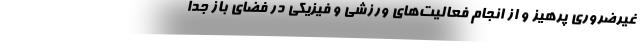
غیرضروری پرهیز و از انجام فعالیت‌های ورزشی و فیزیکی در فضای باز جدا